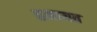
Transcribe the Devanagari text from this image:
हमायत